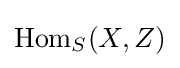
\operatorname {Hom} _{S}(X,Z)